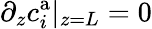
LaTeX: \partial_{z}c_{i}^{\mathrm{a}}|_{z=L}=0